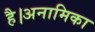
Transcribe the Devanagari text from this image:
है।अनामिका